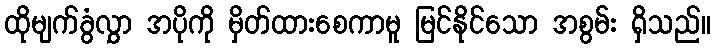
ထိုမျက်ခွံလွှာ အပိုကို မှိတ်ထားစေကာမူ မြင်နိုင်သော အစွမ်း ရှိသည်။